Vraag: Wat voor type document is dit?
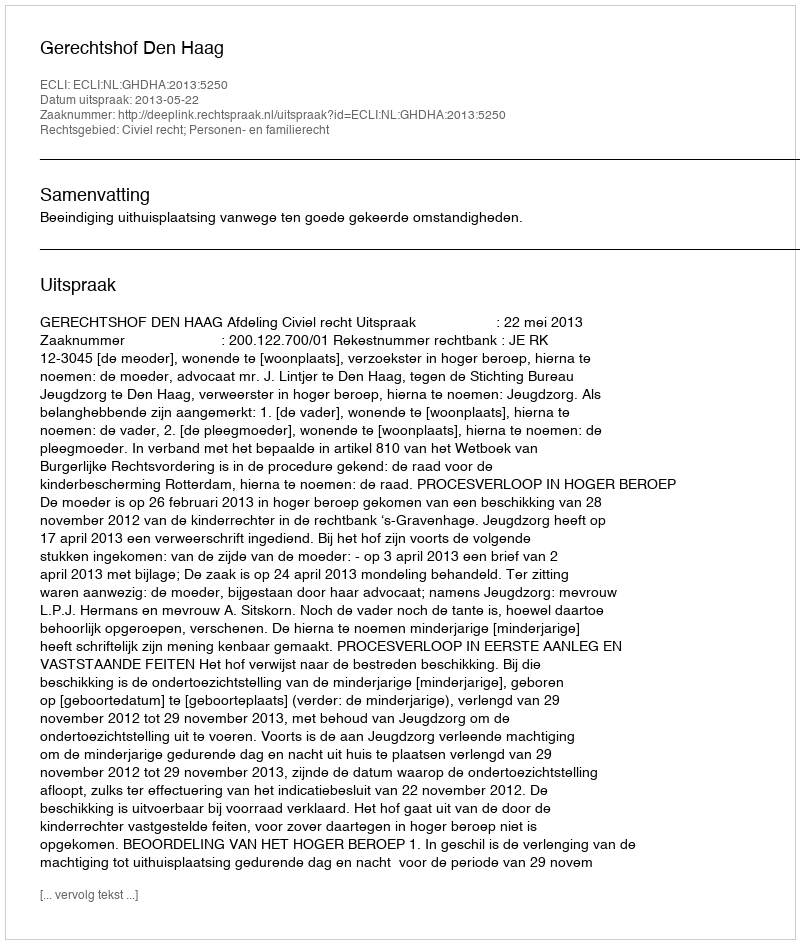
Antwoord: Uitspraak